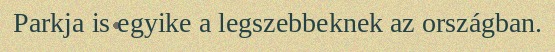
Parkja is egyike a legszebbeknek az országban.